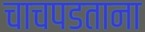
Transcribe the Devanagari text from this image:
चाचपडताना